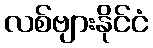
လစ်ဗျားနိုင်ငံ